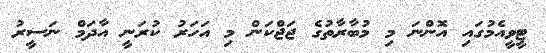
ޓީވީއެމުގައި އޮންނަ މި މުބާރާތުގެ ޖަޖްކަން މި އަހަރު ކުރަނީ އާދަމް ނަސީރު